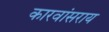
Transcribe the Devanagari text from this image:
कारवांसराय